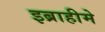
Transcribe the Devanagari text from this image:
इब्राहीमे